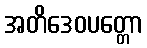
အတိဒေဝပတ္တော